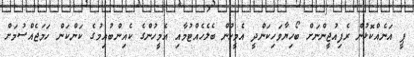
ޕީ އަނެއްކޮޅުން ރެފިއުޖީންނަށް ބޯހިޔާވަހިކަންދީ އެމީހުން ބެލެހެއްޓުމާއި އެމީހުންގެ ކެއިންބުއިމުގެ ކަންކަން ހަމަޖެއްސުމަށް